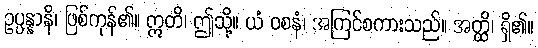
ဥပ္ပန္နာနိ၊ ဖြစ်ကုန်၏။ ဣတိ၊ ဤသို့။ ယံ ဝစနံ၊ အကြင်စကားသည်။ အတ္ထိ၊ ရှိ၏။